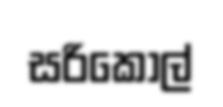
සරිකෝල්